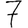
Digit: 7